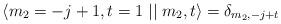
LaTeX: \begin{align*}\langle m_2=-j+1,t=1\mid \mid m_2,t\rangle =\delta _{m_2,-j+t}\end{align*}